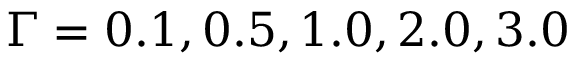
\Gamma = 0 . 1 , 0 . 5 , 1 . 0 , 2 . 0 , 3 . 0